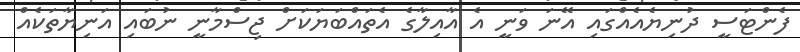
ފެންޓަސީ ދުނިޔެއެއްގައި އޭނަ ވަނީ އެ އާއިލާގެ އެތައްބަޔަކަށް ޖިސްމާނީ ނުބައި އަނިޔާތަކެއް